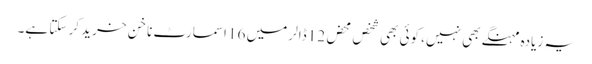
یہ زیادہ مہنگے بھی نہیں، کوئی بھی شخص محض 12 ڈالر میں 16 اسمارٹ ناخن خرید کر سکتا ہے۔